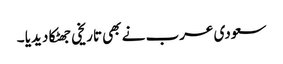
سعودی عرب نے بھی تاریخی جھٹکا دیدیا ۔